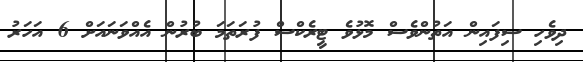
ދިވެހި ސިފައިން އަތުންވެސް މޮޅުވެ ޓީރެކްސް ފުރަތަމަ ބުރުން އެއްވަނައަށް 6 އަހަރު